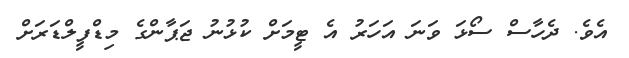
އެވެ. ދެހާސް ސޯޅަ ވަނަ އަހަރު އެ ޓީމަށް ކުޅުނު ޖަޕާންގެ މިޑްފީލްޑަރަށް